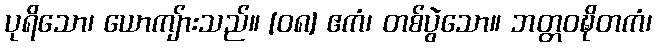
ပုရိသော၊ ယောကျ်ားသည်။ [၀၈] ဧကံ၊ တစ်ပွဲသော။ ဘတ္တဝဍ္ဎိတကံ၊